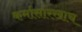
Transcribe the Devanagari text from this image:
कर्मासारखाच